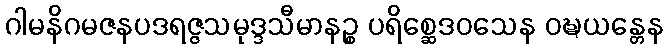
ဂါမနိဂမဇနပဒရဇ္ဇသမုဒ္ဒသီမာနဉ္စ ပရိစ္ဆေဒဝသေန ဝဍ္ဎယန္တေန